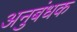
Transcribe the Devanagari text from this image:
अनुबंधक